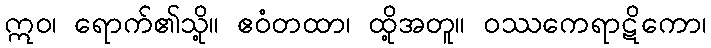
ဣဝ၊ ရောက်၏သို့။ ဧဝံတထာ၊ ထို့အတူ။ ဝဿကေရာဋိကော၊